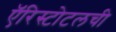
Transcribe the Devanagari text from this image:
ऍरिस्टोटलची